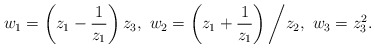
\begin{align*}w_1=\left(z_1-\frac{1}{z_1}\right)z_3,\ w_2=\left(z_1+\frac{1}{z_1}\right)\bigg/z_2,\ w_3=z_3^2.\end{align*}